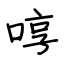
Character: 哼